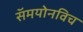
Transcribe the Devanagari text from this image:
सॅमयोनविच